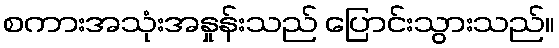
စကားအသုံးအနှုန်းသည် ပြောင်းသွားသည်။